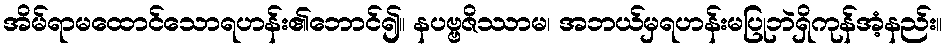
အိမ်ရာမထောင်သောရဟန်း၏ဘောင်၍။ နပဗ္ဗဇိဿာမ၊ အဘယ်မှရဟန်းမပြုဘဲရှိကုန်အံ့နည်း။